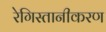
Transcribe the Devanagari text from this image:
रेगिस्तानीकरण